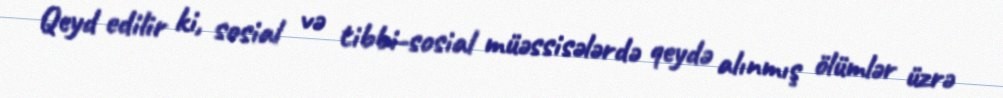
Qeyd edilir ki, sosial və tibbi-sosial müəssisələrdə qeydə alınmış ölümlər üzrə